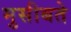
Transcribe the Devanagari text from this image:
मुसीबते